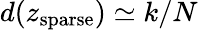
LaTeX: d(z_{\mathrm{sparse}})\simeq k/N